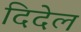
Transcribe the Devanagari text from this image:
दिदेल